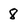
Character: 8